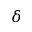
\delta